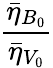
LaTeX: \frac{\bar{\eta}_{B_{0}}}{\bar{\eta}_{V_{0}}}